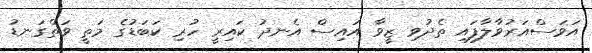
އަވަސްއަރުވާލާފައި ތެދުވި ޒީވާ އައިސް އެނދު ކައިރީ ހުރި ކަބަޑުގެ މަތީ ވަތްގަނޑު